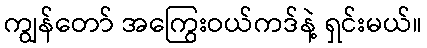
ကျွန်တော် အကြွေးဝယ်ကဒ်နဲ့ ရှင်းမယ်။